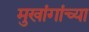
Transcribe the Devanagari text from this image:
मुखांगांच्या